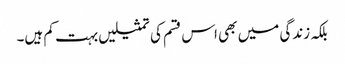
بلکہ زندگی میں بھی اس قسم کی تمثیلیں بہت کم ہیں۔